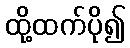
ထို့ထက်ပို၍